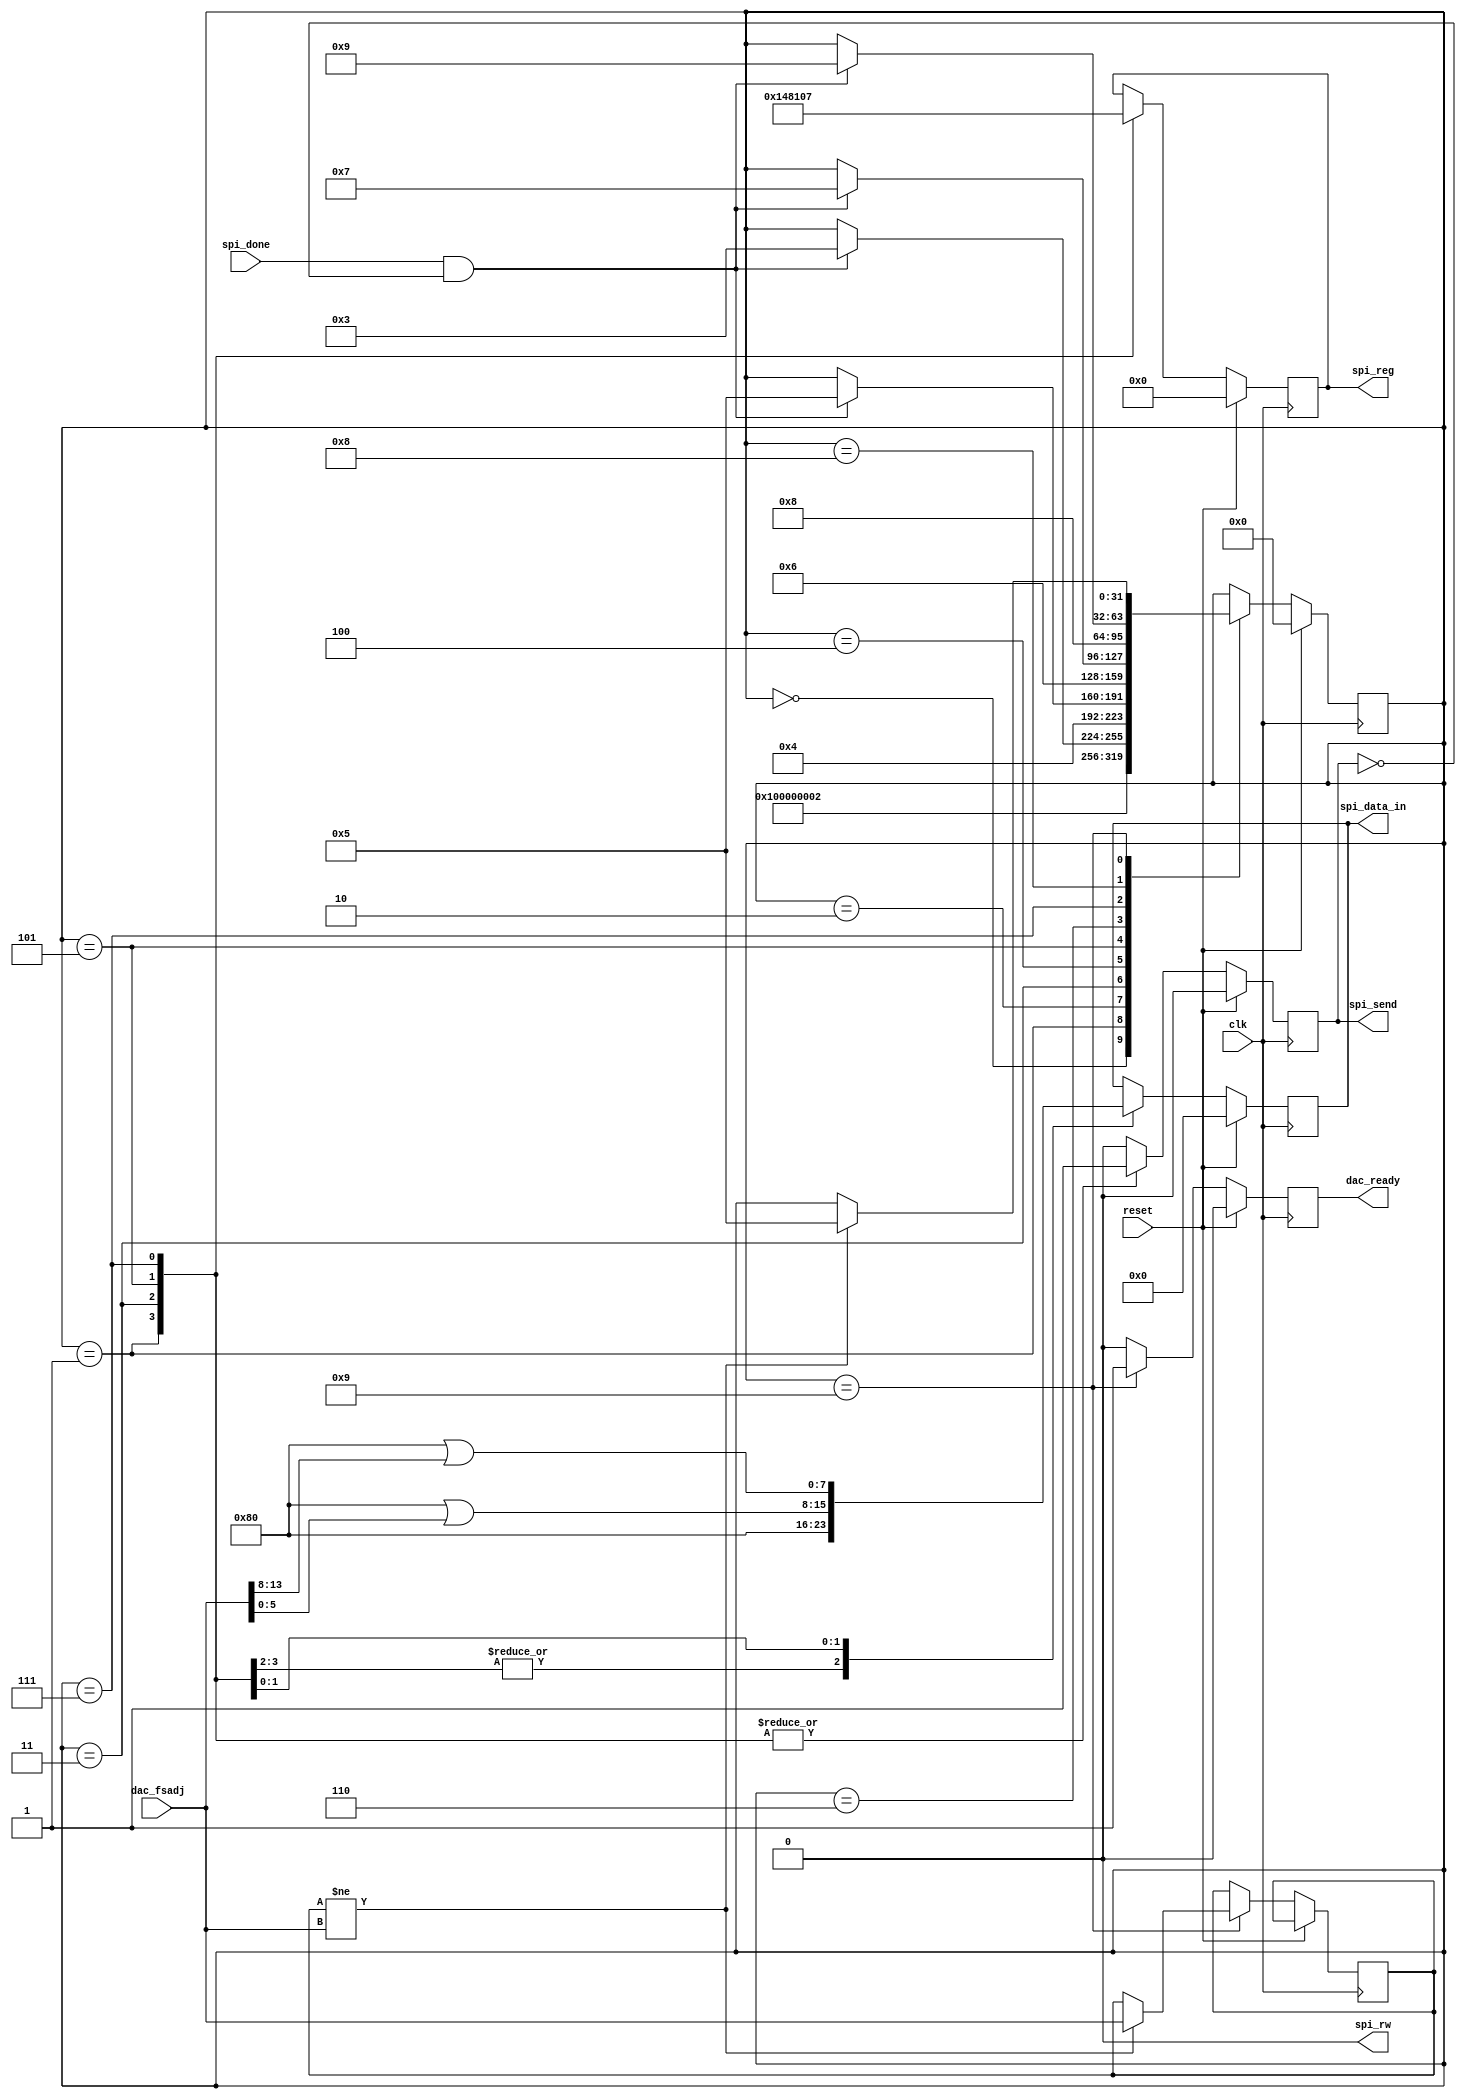
module dac_controller(
    input  wire        clk,
	input  wire        reset,

	// Input to allow for a user-configurable amplitude
	// by setting the DAC FSADJ register
	input  wire [15:0] dac_fsadj,

	// Control signals for the DAC SPI interface
	output reg  [5:0]  spi_reg,
	output reg  [7:0]  spi_data_in,
	output reg         spi_send,
	input  wire        spi_done,
	output wire        spi_rw,

	output reg         dac_ready
);


reg  [31:0] divide_counter;
reg         clk_en;
reg  [15:0] dac_fsadj_hold;

assign spi_rw = 1'b0;

reg [31:0] state;
localparam s_begin       = 0,
           s_ircml_start = 1,
           s_ircml_wait  = 2,
           s_qrcml_start = 3,
           s_qrcml_wait  = 4,
           s_irset_start = 5,
           s_irset_wait  = 6,
           s_qrset_start = 7,
           s_qrset_wait  = 8,
           s_end         = 9;

always @(posedge clk) begin
	if (reset == 1'b1) begin
		spi_reg     <= 6'h00;
		spi_data_in <= 8'h00;
		spi_send    <= 1'b0;
		dac_ready   <= 1'b0;

		state <= s_begin;
	end else begin
		spi_send  <= 1'b0;
		dac_ready <= 1'b0;

		case (state)
			s_begin: begin
				state <= s_ircml_start;
			end

			s_ircml_start: begin
				spi_send    <= 1'b1;
				spi_reg     <= 6'h05; // IRCML register address
				spi_data_in <= 8'h80; // Set to use internal 60 Ohm IRCML
				
				state <= s_ircml_wait;
			end

			s_ircml_wait: begin
				if (spi_done == 1'b1 && spi_send == 1'b0) begin
					state <= s_qrcml_start;
				end
			end

			s_qrcml_start: begin
				spi_send    <= 1'b1;
				spi_reg     <= 6'h08; // QRCML register address
				spi_data_in <= 8'h80; // Set to use internal 60 Ohm QRCML

				state <= s_qrcml_wait;
			end

			s_qrcml_wait: begin
				if(spi_done == 1'b1 && spi_send == 1'b0) begin
					state <= s_irset_start;
				end
			end
				
			s_irset_start: begin
				spi_send    <= 1'b1;
				spi_reg     <= 6'h04; // IRSET register address
				spi_data_in <= (8'h80 | dac_fsadj[5:0]); // Set to use internal FSADJ

				state <= s_irset_wait;
			end

			s_irset_wait: begin
				if(spi_done == 1'b1 && spi_send == 1'b0) begin
					state <= s_qrset_start;
				end
			end
				
			s_qrset_start: begin
				spi_send    <= 1'b1;
				spi_reg     <= 6'h07; // QRSET register address
				spi_data_in <= (8'h80 | dac_fsadj[13:8]); // Set to use internal FSADJ

				state <= s_qrset_wait;
			end
	
			s_qrset_wait: begin
				if(spi_done == 1'b1 && spi_send == 1'b0) begin
					state <= s_end;
				end
			end

			s_end: begin
				dac_ready <= 1'b1;
				
				if (dac_fsadj_hold != dac_fsadj) begin
					state <= s_irset_start;
					dac_fsadj_hold <= dac_fsadj;
				end
			end
		endcase
	end
end

endmodule